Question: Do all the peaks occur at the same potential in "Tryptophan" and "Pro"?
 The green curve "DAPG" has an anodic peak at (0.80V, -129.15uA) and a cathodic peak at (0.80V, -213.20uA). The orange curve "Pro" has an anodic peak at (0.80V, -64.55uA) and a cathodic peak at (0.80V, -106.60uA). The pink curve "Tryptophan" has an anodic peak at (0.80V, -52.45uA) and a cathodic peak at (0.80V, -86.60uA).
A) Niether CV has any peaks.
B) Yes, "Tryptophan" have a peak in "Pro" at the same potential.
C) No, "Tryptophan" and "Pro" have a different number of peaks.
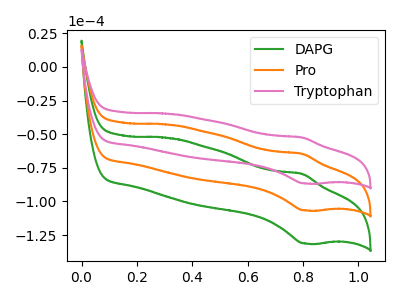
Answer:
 <answer>B) Yes, "Tryptophan" have a peak in "Pro" at the same potential.</answer>
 <eval>B</eval>